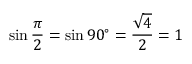
\sin { \frac { \pi } { 2 } } = \sin 9 0 ^ { \circ } = { \frac { \sqrt { 4 } } { 2 } } = 1